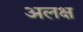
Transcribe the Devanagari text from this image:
अलक्ष